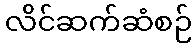
လိင်ဆက်ဆံစဉ်